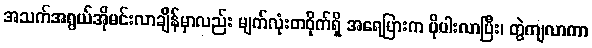
အသက်အရွယ်အိုမင်းလာချိန်မှာလည်း မျက်လုံးတဝိုက်ရှိ အရေပြားက ပိုပါးလာပြီး၊ တွဲကျလာကာ